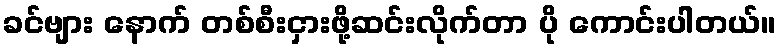
ခင်ဗျား နောက် တစ်စီးငှားဖို့ဆင်းလိုက်တာ ပို ကောင်းပါတယ်။